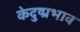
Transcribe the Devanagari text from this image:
केदुष्प्रभाव